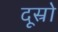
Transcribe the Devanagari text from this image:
दूस्रो